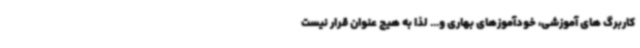
کاربرگ های آموزشی، خودآموزهای بهاری و... لذا به هیچ عنوان قرار نیست